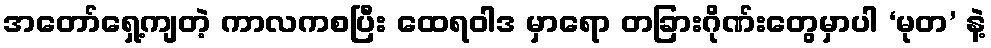
အတော်ရှေ့ကျတဲ့ ကာလကစပြီး ထေရဝါဒ မှာရော တခြားဂိုဏ်းတွေမှာပါ ‘မုတ’ နဲ့